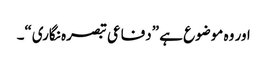
اور وہ موضوع ہے ”دفاعی تبصرہ نگاری“۔